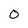
Character: 0